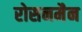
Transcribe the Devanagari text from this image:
रोसनमैन